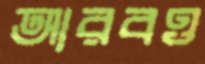
আরবও